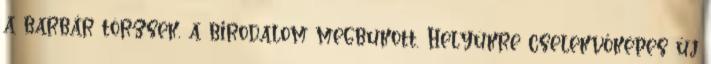
a barbár törzsek, a birodalom megbukott. Helyükre cselekvőképes új